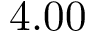
4 . 0 0